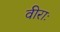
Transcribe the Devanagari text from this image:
वीराः